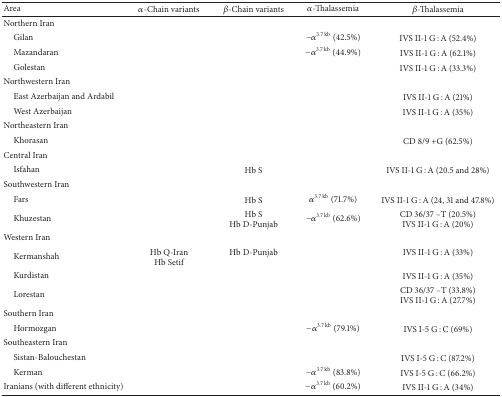
<table><thead><tr><td><b>Area</b></td><td><b><i>α</i>-Chain variants</b></td><td><b><i>β</i>-Chain variants</b></td><td><b><i>α</i>-Thalassemia</b></td><td><b><i>β</i>-Thalassemia</b></td></tr></thead><tbody><tr><td>Northern Iran</td><td> </td><td> </td><td> </td><td> </td></tr><tr><td> Gilan</td><td> </td><td> </td><td>−<i>α</i><sup>3.7 kb</sup> (42.5%)</td><td>IVS II-1 G : A (52.4%)</td></tr><tr><td> Mazandaran</td><td> </td><td> </td><td>−<i>α</i><sup>3.7 kb</sup> (44.9%)</td><td>IVS II-1 G : A (62.1%)</td></tr><tr><td> Golestan</td><td> </td><td> </td><td> </td><td>IVS II-1 G : A (33.3%)</td></tr><tr><td>Northwestern Iran</td><td> </td><td> </td><td> </td><td> </td></tr><tr><td> East Azerbaijan and Ardabil</td><td> </td><td> </td><td> </td><td>IVS II-1 G : A (21%)</td></tr><tr><td> West Azerbaijan</td><td> </td><td> </td><td> </td><td>IVS II-1 G : A (35%)</td></tr><tr><td>Northeastern Iran</td><td> </td><td> </td><td> </td><td> </td></tr><tr><td> Khorasan</td><td> </td><td> </td><td> </td><td>CD 8/9 +G (62.5%)</td></tr><tr><td>Central Iran</td><td> </td><td> </td><td> </td><td> </td></tr><tr><td> Isfahan</td><td> </td><td>Hb S</td><td> </td><td>IVS II-1 G : A (20.5 and 28%)</td></tr><tr><td>Southwestern Iran</td><td> </td><td> </td><td> </td><td> </td></tr><tr><td> Fars</td><td> </td><td>Hb S</td><td><i>α</i><sup>3.7 kb</sup> (71.7%)</td><td>IVS II-1 G : A (24, 31 and 47.8%)</td></tr><tr><td> Khuzestan</td><td> </td><td>Hb S Hb D-Punjab</td><td>−<i>α</i><sup>3.7 kb</sup> (62.6%)</td><td>CD 36/37 –T (20.5%)IVS II-1 G : A (20%)</td></tr><tr><td>Western Iran</td><td> </td><td> </td><td> </td><td> </td></tr><tr><td> Kermanshah</td><td>Hb Q-IranHb Setif </td><td>Hb D-Punjab</td><td> </td><td>IVS II-1 G : A (33%)</td></tr><tr><td> Kurdistan</td><td> </td><td> </td><td> </td><td>IVS II-1 G : A (35%)</td></tr><tr><td> Lorestan</td><td> </td><td> </td><td> </td><td>CD 36/37 –T (33.8%)IVS II-1 G : A (27.7%)</td></tr><tr><td>Southern Iran</td><td> </td><td> </td><td> </td><td> </td></tr><tr><td> Hormozgan</td><td> </td><td> </td><td>−<i>α</i><sup>3.7 kb</sup> (79.1%)</td><td>IVS I-5 G : C (69%)</td></tr><tr><td>Southeastern Iran</td><td> </td><td> </td><td> </td><td> </td></tr><tr><td> Sistan-Balouchestan</td><td> </td><td> </td><td> </td><td>IVS I-5 G : C (87.2%)</td></tr><tr><td> Kerman</td><td> </td><td> </td><td>−<i>α</i><sup>3.7 kb</sup> (83.8%)</td><td>IVS I-5 G : C (66.2%)</td></tr><tr><td>Iranians (with different ethnicity)</td><td> </td><td> </td><td>−<i>α</i><sup>3.7 kb</sup> (60.2%)</td><td>IVS II-1 G : A (34%)</td></tr></tbody></table>